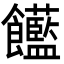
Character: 𩟺